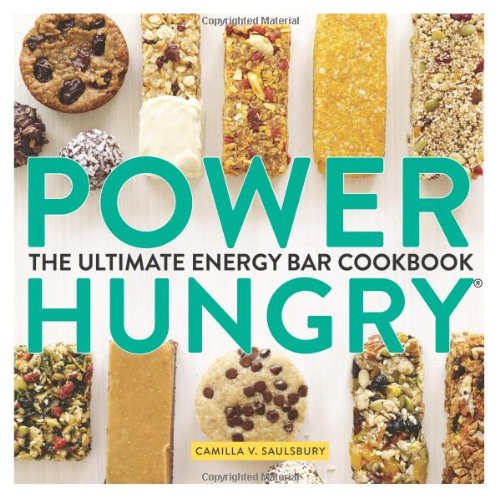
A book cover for Power Hungry: The Ultimate Energy Bar Cookbook; Camilla V. Saulsbury; Cookbooks, Food & Wine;